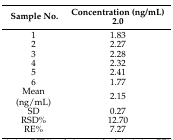
<table><thead><tr><td rowspan="2"><b>Sample No.</b></td><td><b>Concentration (ng/mL)</b></td></tr><tr><td><b>2.0</b></td></tr></thead><tbody><tr><td>1</td><td>1.83</td></tr><tr><td>2</td><td>2.27</td></tr><tr><td>3</td><td>2.28</td></tr><tr><td>4</td><td>2.32</td></tr><tr><td>5</td><td>2.41</td></tr><tr><td>6</td><td>1.77</td></tr><tr><td>Mean (ng/mL)</td><td>2.15</td></tr><tr><td>SD</td><td>0.27</td></tr><tr><td>RSD%</td><td>12.70</td></tr><tr><td>RE%</td><td>7.27</td></tr></tbody></table>